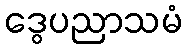
ဒွေပညာသမံ